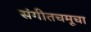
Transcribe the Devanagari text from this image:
संगीतचमूचा